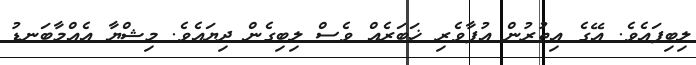
ލިބިފައެވެ. އޭގެ އިތުރުން އުފާވެރި ޚަބަރެއް ވެސް ލިބިގެން ދިޔައެވެ. މިޝްޔާ އެއްމާބަނޑު